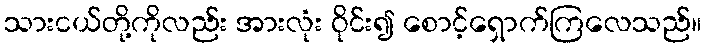
သားငယ်တို့ကိုလည်း အားလုံး ဝိုင်း၍ စောင့်ရှောက်ကြလေသည်။